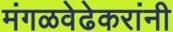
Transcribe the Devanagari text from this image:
मंगळवेढेकरांनी